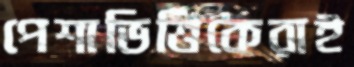
পেশাভিত্তিকেরাই